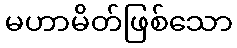
မဟာမိတ်ဖြစ်သော